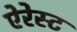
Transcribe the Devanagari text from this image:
ऐरेस्ट